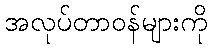
အလုပ်တာဝန်များကို